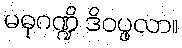
မဓုဂဏ္ဍိ ဒိဝပ္ဖလာ။